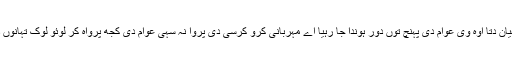
تسیں آٹے ول دھیان دتا اوہ وی عوام دی پہنچ توں دور ہوندا جا رہیا اے مہربانی کرو کرسی دی پروا نہ سہی عوام دی کجھ پرواہ کر لوئو لوک تہانوں دعاواں دین گے۔